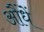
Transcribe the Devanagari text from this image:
औंधें